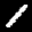
Label: 1